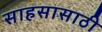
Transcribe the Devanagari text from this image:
साहसासाठी